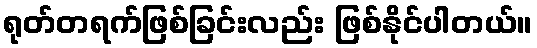
ရုတ်တရက်ဖြစ်ခြင်းလည်း ဖြစ်နိုင်ပါတယ်။